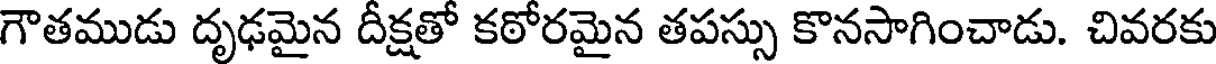
గౌతముడు దృఢమైన దీక్షతో కఠోరమైన తపస్సు కొనసాగించాడు. చివరకు